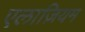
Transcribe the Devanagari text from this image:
एलाज़ियम